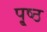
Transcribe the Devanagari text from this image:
पृ्ष्ठ